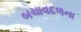
બચાવદળના